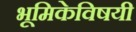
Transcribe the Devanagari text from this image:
भूमिकेविषयी